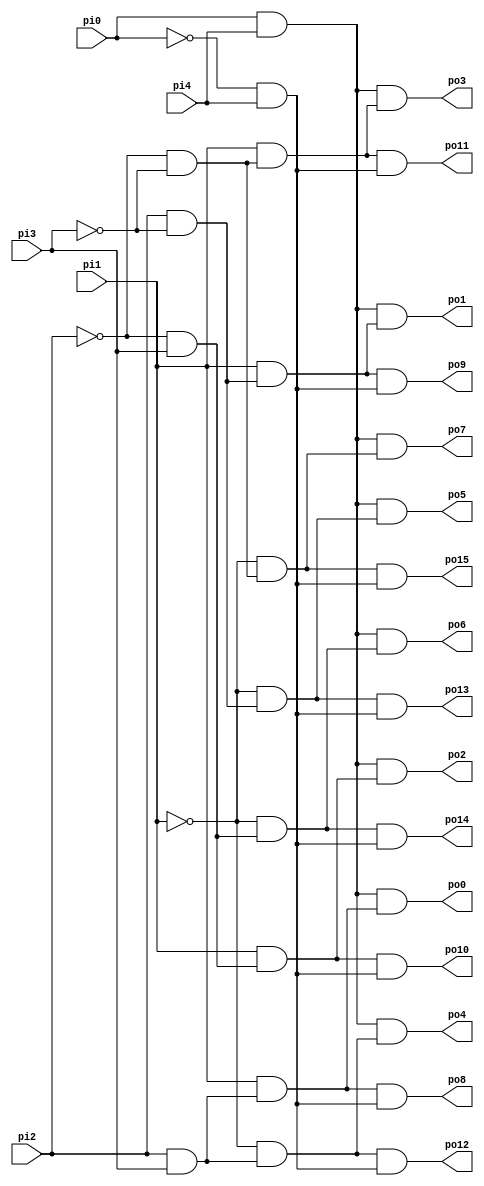
// Benchmark "decod" written by ABC on Sun Apr 22 21:43:02 2018

module decod ( 
    pi0, pi1, pi2, pi3, pi4,
    po0, po1, po2, po3, po4, po5, po6, po7, po8, po9, po10, po11,
    po12, po13, po14, po15 );
  input  pi0, pi1, pi2, pi3, pi4;
  output po0, po1, po2, po3, po4, po5, po6, po7, po8, po9, po10,
    po11, po12, po13, po14, po15;
  wire n22, n23, n24, n26, n27, n29, n30, n32, n33, n35, n37, n39, n41, n43;
  assign n22 = pi0 & pi4;
  assign n23 = pi2 & pi3;
  assign n24 = pi1 & n23;
  assign po0 = n22 & n24;
  assign n26 = pi2 & ~pi3;
  assign n27 = pi1 & n26;
  assign po1 = n22 & n27;
  assign n29 = ~pi2 & pi3;
  assign n30 = pi1 & n29;
  assign po2 = n22 & n30;
  assign n32 = ~pi2 & ~pi3;
  assign n33 = pi1 & n32;
  assign po3 = n22 & n33;
  assign n35 = ~pi1 & n23;
  assign po4 = n22 & n35;
  assign n37 = ~pi1 & n26;
  assign po5 = n22 & n37;
  assign n39 = ~pi1 & n29;
  assign po6 = n22 & n39;
  assign n41 = ~pi1 & n32;
  assign po7 = n22 & n41;
  assign n43 = ~pi0 & pi4;
  assign po8 = n24 & n43;
  assign po9 = n27 & n43;
  assign po10 = n30 & n43;
  assign po11 = n33 & n43;
  assign po12 = n35 & n43;
  assign po13 = n37 & n43;
  assign po14 = n39 & n43;
  assign po15 = n41 & n43;
endmodule